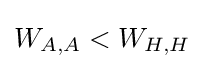
W_{A,A}<W_{H,H}